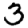
Digit: 3